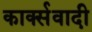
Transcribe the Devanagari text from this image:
कार्क्सवादी